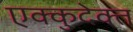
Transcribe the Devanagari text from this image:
एक्कुदेक्त